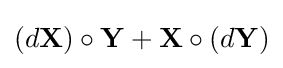
(d\mathbf {X} )\circ \mathbf {Y} +\mathbf {X} \circ (d\mathbf {Y} )